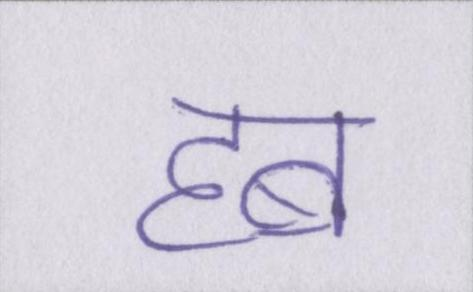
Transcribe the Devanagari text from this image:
हब